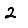
Digit: 2